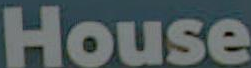
House